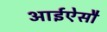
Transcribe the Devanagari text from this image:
आईऐसौ